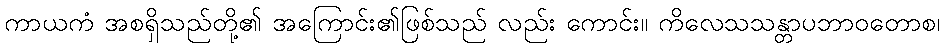
ကာယကံ အစရှိသည်တို့၏ အကြောင်း၏ဖြစ်သည် လည်း ကောင်း။ ကိလေသသန္တာပဘာဝတောစ၊